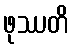
ဖုဿတိ